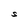
Character: S